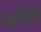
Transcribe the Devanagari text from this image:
परद्वैतिकी